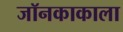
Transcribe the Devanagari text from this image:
जॉनकाकाला